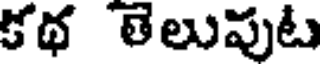
కథ తెలుపుట